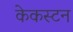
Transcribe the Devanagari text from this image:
केकस्टन